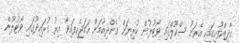
ގާދިއްފުށީގައި އެރަށު ސްކޫލްގައި ވޯޓުލުން ކުރިޔަށް ގެންދިއުމަށް ހަމަޖެހިފައިވާ އިރު ގުރައިދޫގައި ވޯޓުލުން